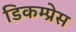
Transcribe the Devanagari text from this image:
डिकम्प्रेस